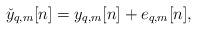
LaTeX: \begin{align*}\check{y}_{q,m}[n]=y_{q,m}[n]+e_{q,m}[n],\end{align*}